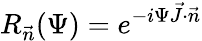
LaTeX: R_{\vec{n}}(\Psi)=e^{-i\Psi\vec{J}\cdot\vec{n}}